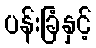
ပန်းခြံနှင့်